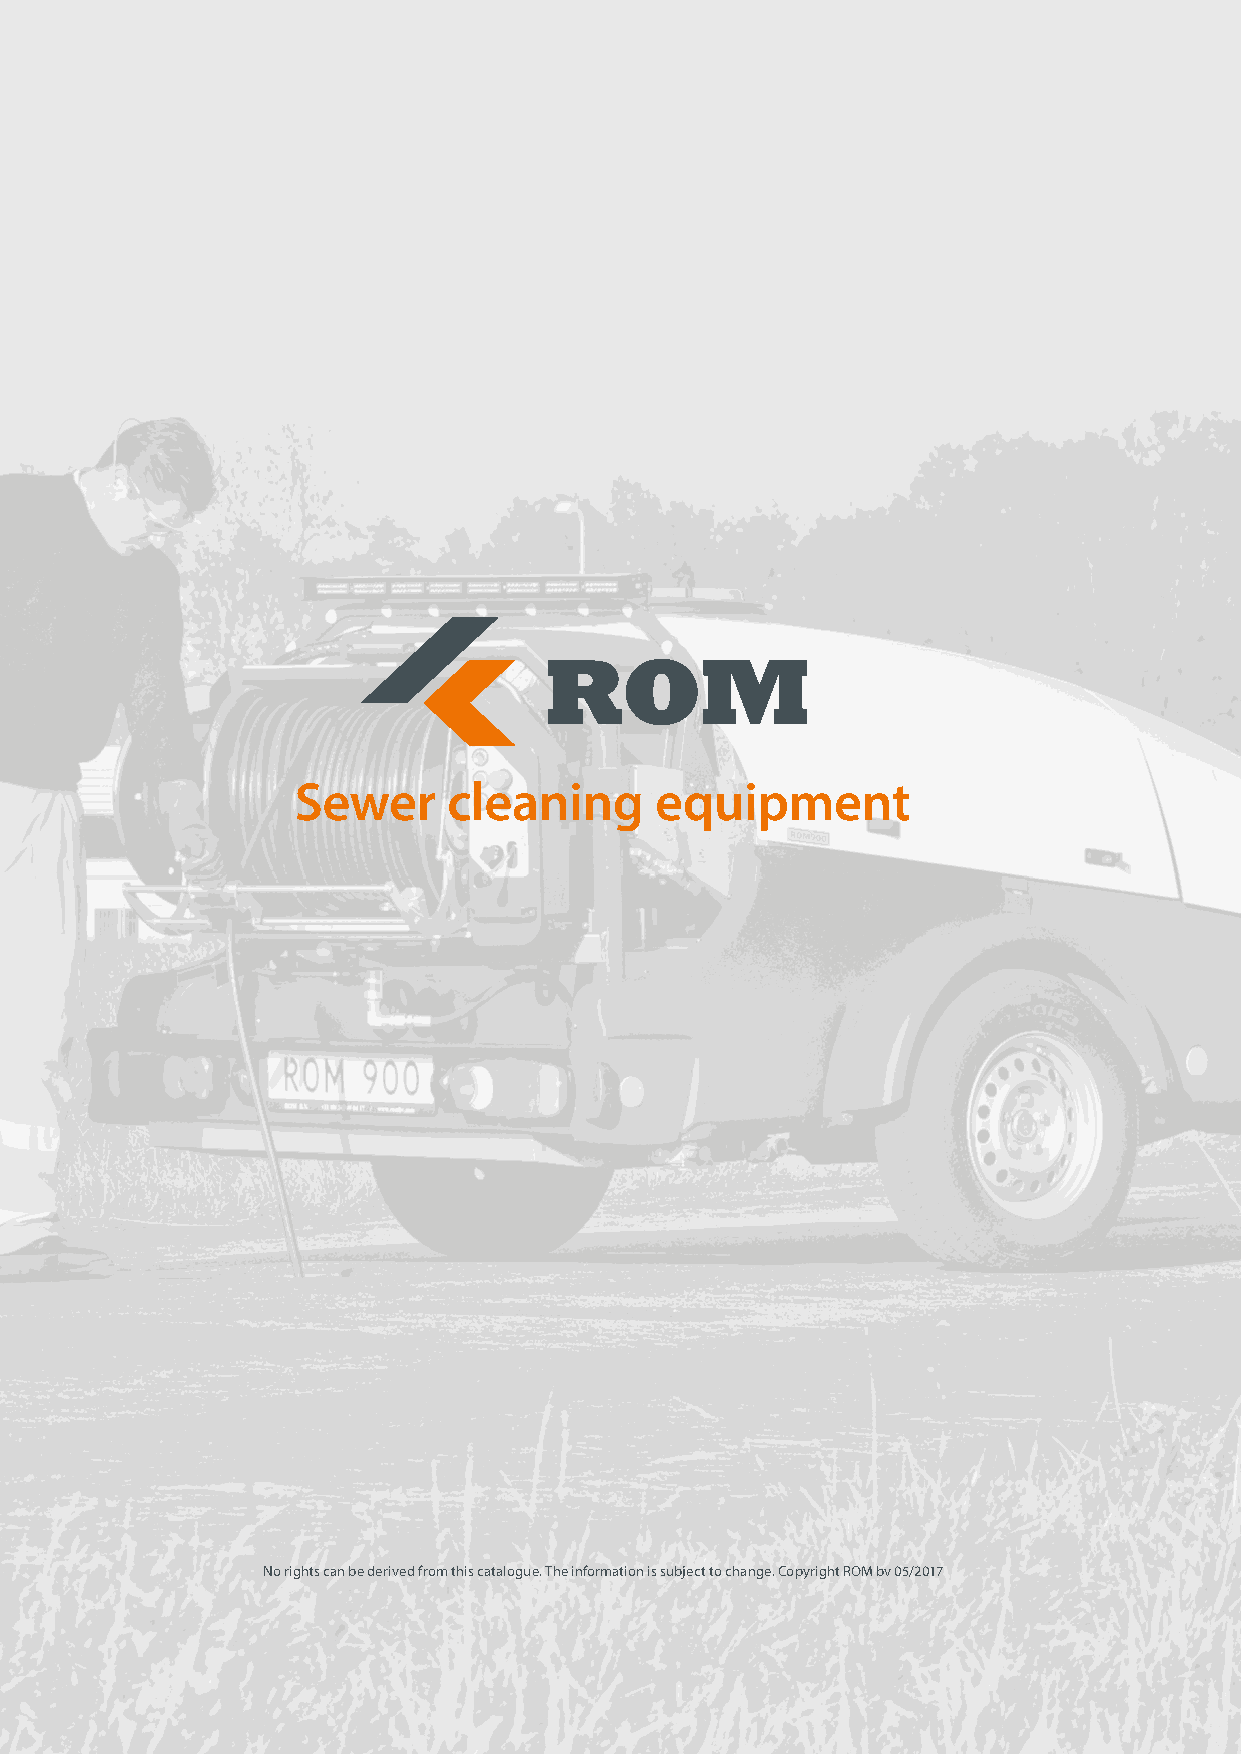
Sewer      cleaning     equipment
 No rights can be derived from this catalogue. The information is subject to change. Copyright ROM bv 05/2017